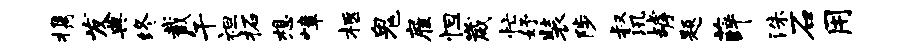
携发典终截午袒柘想嶂柩鬼雇怛崴忙妤装陟叔汛罅题薛洙石用